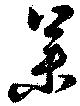
業